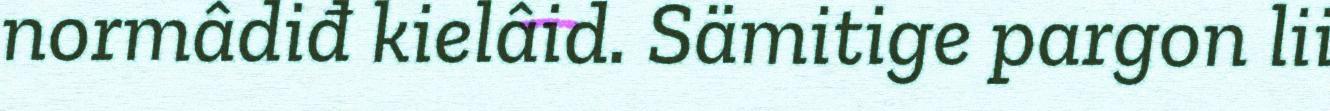
normâdiđ kielâid. Sämitige pargon lii